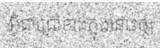
អ្វីជាជ្រៅខាងក្នុងនោះឲ្យ